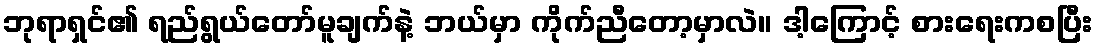
ဘုရာရှင်၏ ရည်ရွယ်တော်မူချက်နဲ့ ဘယ်မှာ ကိုက်ညီတော့မှာလဲ။ ဒါ့ကြောင့် စားရေးကစပြီး